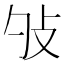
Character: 𢻭